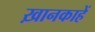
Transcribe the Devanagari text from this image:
ख़ानकाहें